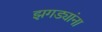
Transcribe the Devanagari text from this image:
झगड्यांना